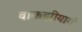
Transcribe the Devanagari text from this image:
वाकझीयार्ग